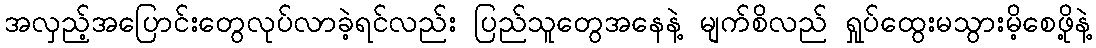
အလှည့်အပြောင်းတွေလုပ်လာခဲ့ရင်လည်း ပြည်သူတွေအနေနဲ့ မျက်စိလည် ရှုပ်ထွေးမသွားမိ့စေဖို့နဲ့